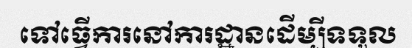
ទៅធ្វើការនៅការដ្ឋានដើម្បីទទួល